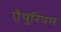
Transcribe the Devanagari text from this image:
ऐथूरियम